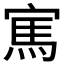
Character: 𱚏